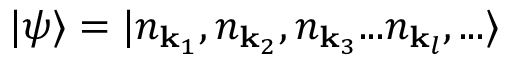
| \psi \rangle = | n _ { { \mathbf { k } } _ { 1 } } , n _ { { \mathbf { k } } _ { 2 } } , n _ { { \mathbf { k } } _ { 3 } } . . . n _ { { \mathbf { k } } _ { l } } , . . . \rangle